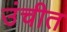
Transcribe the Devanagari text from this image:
उंचीत